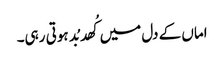
اماں کے دل میں کُھد بُد ہوتی رہی۔